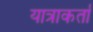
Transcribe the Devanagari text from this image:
यात्राकर्ता